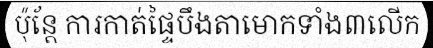
ប៉ុន្តែ ការកាត់ផ្ទៃបឹងតាមោកទាំង៣លើក